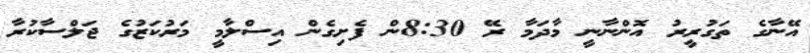
އޭނާގެ ތަގުރީރު އޮންނާނީ މާދަމާ ރޭ 8:30ން ފެށިގެން އިސްލާމީ މަރުކަޒުގެ ޖަލްސާކުރާ